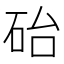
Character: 𪿘